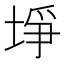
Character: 埩